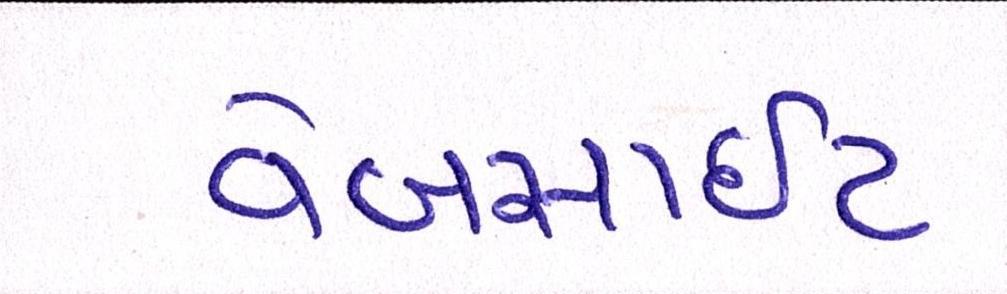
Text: વેબસાઈટ